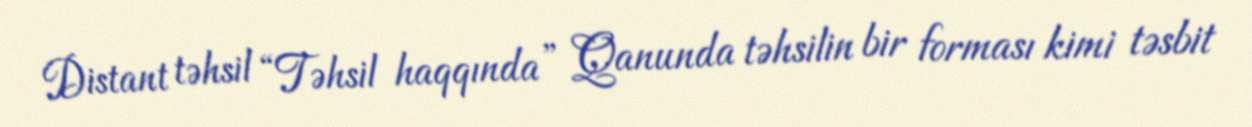
Distant təhsil “Təhsil haqqında” Qanunda təhsilin bir forması kimi təsbit